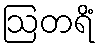
ဩတရိံ